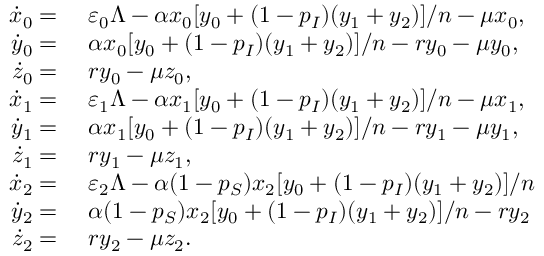
\begin{array} { r l } { \dot { x } _ { 0 } = } & { { } ~ \varepsilon _ { 0 } \Lambda - \alpha x _ { 0 } [ y _ { 0 } + ( 1 - p _ { I } ) ( y _ { 1 } + y _ { 2 } ) ] / n - \mu x _ { 0 } , } \\ { \dot { y } _ { 0 } = } & { { } ~ \alpha x _ { 0 } [ y _ { 0 } + ( 1 - p _ { I } ) ( y _ { 1 } + y _ { 2 } ) ] / n - r y _ { 0 } - \mu y _ { 0 } , } \\ { \dot { z } _ { 0 } = } & { { } ~ r y _ { 0 } - \mu z _ { 0 } , } \\ { \dot { x } _ { 1 } = } & { { } ~ \varepsilon _ { 1 } \Lambda - \alpha x _ { 1 } [ y _ { 0 } + ( 1 - p _ { I } ) ( y _ { 1 } + y _ { 2 } ) ] / n - \mu x _ { 1 } , } \\ { \dot { y } _ { 1 } = } & { { } ~ \alpha x _ { 1 } [ y _ { 0 } + ( 1 - p _ { I } ) ( y _ { 1 } + y _ { 2 } ) ] / n - r y _ { 1 } - \mu y _ { 1 } , } \\ { \dot { z } _ { 1 } = } & { { } ~ r y _ { 1 } - \mu z _ { 1 } , } \\ { \dot { x } _ { 2 } = } & { { } ~ \varepsilon _ { 2 } \Lambda - \alpha ( 1 - p _ { S } ) x _ { 2 } [ y _ { 0 } + ( 1 - p _ { I } ) ( y _ { 1 } + y _ { 2 } ) ] / n } \\ { \dot { y } _ { 2 } = } & { { } ~ \alpha ( 1 - p _ { S } ) x _ { 2 } [ y _ { 0 } + ( 1 - p _ { I } ) ( y _ { 1 } + y _ { 2 } ) ] / n - r y _ { 2 } } \\ { \dot { z } _ { 2 } = } & { { } ~ r y _ { 2 } - \mu z _ { 2 } . } \end{array}